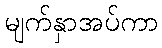
မျက်နှာအပ်ကာ